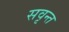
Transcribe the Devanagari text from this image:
सवृन्त